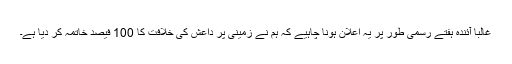
غالباً آئندہ ہفتے رسمی طور پر یہ اعلان ہونا چاہیے کہ ہم نے زمینی پر داعش کی خلافت کا 100 فیصد خاتمہ کر دیا ہے۔